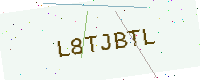
Text: L8TJBTL